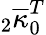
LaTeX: {}_{2}\overline{{\kappa}}_{0}^{T}